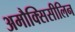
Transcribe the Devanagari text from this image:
अमौक्सिसीलिन